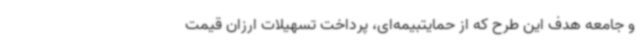
و جامعه هدف این طرح که از حمایتبیمه‌ای، پرداخت تسهیلات ارزان قیمت